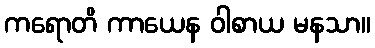
ကရောတိ ကာယေန ဝါစာယ မနသာ။